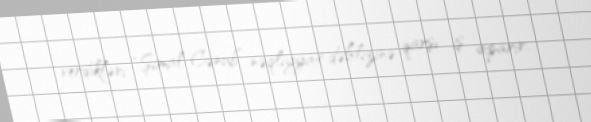
verdikləri “Şimal-Cənub” nəqliyyat dəhlizinə qarşı iş aparır.